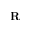
\mathbf { R }